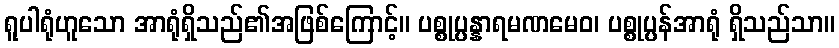
ရူပါရုံဟူသော အာရုံရှိသည်၏အဖြစ်ကြောင့်။ ပစ္စုပ္ပန္နာရမဏမေဝ၊ ပစ္စုပ္ပန်အာရုံ ရှိသည်သာ။